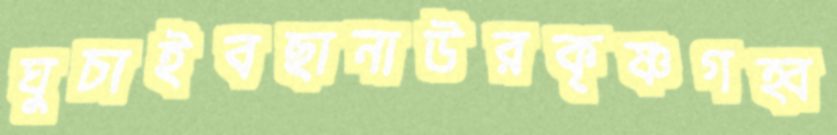
ঘুচাইবছানাউরকৃষ্ণগহ্ব